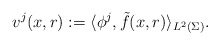
\begin{align*} v^j(x,r) := \langle \phi^j, \tilde{f}(x,r)\rangle_{L^{2}(\Sigma)}. \end{align*}